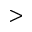
>